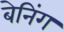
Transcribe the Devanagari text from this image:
बेनिंग